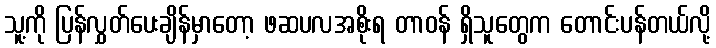
သူ့ကို ပြန်လွှတ်ပေးချိန်မှာတော့ ဖဆပလအစိုးရ တာဝန် ရှိသူတွေက တောင်းပန်တယ်လို့